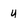
Character: u